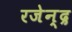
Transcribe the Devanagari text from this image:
रजेन्द्र